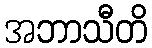
အဘာသီတိ